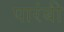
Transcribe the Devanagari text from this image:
पारंबी